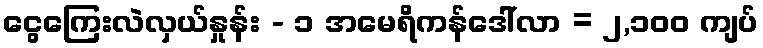
ငွေကြေးလဲလှယ်နှုန်း - ၁ အမေရိကန်ဒေါ်လာ = ၂,၁၀၀ ကျပ်